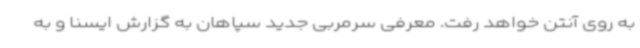
به روی آنتن خواهد رفت. معرفی سرمربی جدید سپاهان به گزارش ایسنا و به